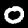
Label: 0